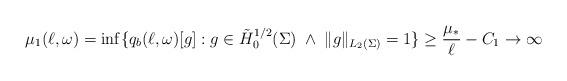
LaTeX: \begin{align*}\mu_1(\ell, \omega) &= \inf\{ q_b(\ell, \omega)[g] : g \in \tilde H^{1/2}_0(\Sigma) \; \wedge \; \| g\|_{L_2(\Sigma)} = 1 \} \ge \frac{\mu_*}\ell - C_1 \to \infty \end{align*}